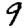
Digit: 9